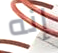
إنه